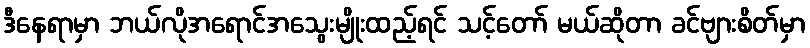
ဒီနေရာမှာ ဘယ်လိုအရောင်အသွေးမျိုးထည့်ရင် သင့်တော် မယ်ဆိုတာ ခင်ဗျားစိတ်မှာ